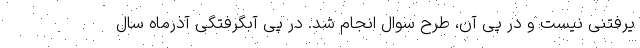
یرفتنی نیست و در پی آن، طرح سوال انجام شد. در پی آبگرفتگی آذرماه سال